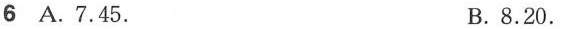
6 A.7.45. B.8.20.